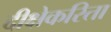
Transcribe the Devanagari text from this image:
दीक्षेकरिता